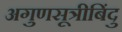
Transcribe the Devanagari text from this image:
अगुणसूत्रीबिंदु